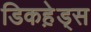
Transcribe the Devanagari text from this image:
डिकहे़ड्स